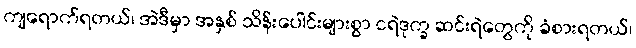
ကျရောက်ရတယ်၊ အဲဒီမှာ အနှစ် သိန်းပေါင်းများစွာ ငရဲဒုက္ခ ဆင်းရဲတွေကို ခံစားရတယ်၊